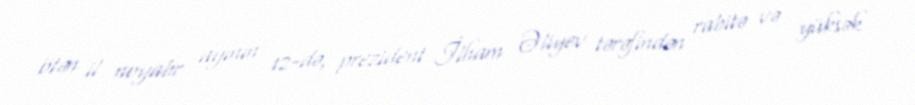
ötən il noyabr ayının 12-də, prezident İlham Əliyev tərəfindən rabitə və yüksək